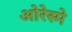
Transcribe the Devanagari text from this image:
ओरेस्मे